Civil Veterinary Dept. Assam report 1927-50 - 1927-1950
Year: 1927
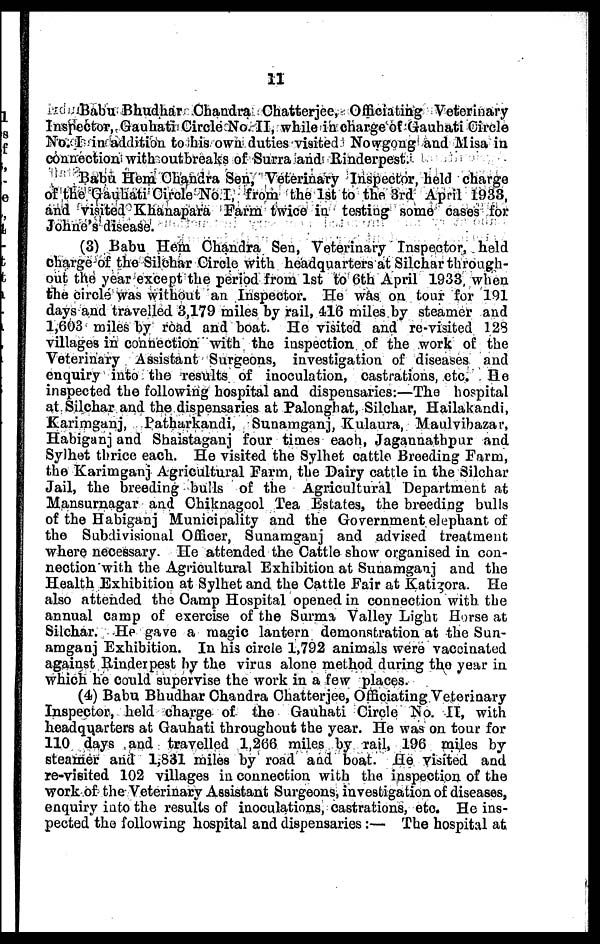
11
Babu Bhudkar Chandra Chatterjee, Officiating Veterinary
Inspector, Gauhati Circle No. II, while in charge of Gauhati Circle
No. I in addition to his own duties visited Nowgong and Misa in
connection with outbreaks of Surra and Rinderpest.
Babu Hem Chandra Sen, Veterinary Inspector, held charge
of the Gauhati Circle No I, from the 1st to the 3rd April 1933,
and visited Khanapara Farm twice in testing some cases for
Johne's disease.
(3) Babu Hem Chandra Sen, Veterinary Inspector, held
charge of the Silchar Circle with headquarters at Silchar through-
out the year except the period from 1st to 6th April 1933 when
the circle was without an Inspector. He was on tour for 191
days and travelled 3,179 miles by rail, 416 miles by steamer and
1,603 miles by road and boat. He visited and re-visited 128
villages in connection with the inspection of the work of the
Veterinary Assistant Surgeons, investigation of diseases and
enquiry into thf3 results of inoculation, castrations, etc. He
inspected the following hospital and dispensaries:—The hospital
at Silchar and the dispensaries at Palonghat, Silchar, Hailakandi,
Karimganj, Patharkandi, Sunamganj, Kulaura, Maulvibazar,
Habiganj and Shaistaganj four times each, Jagannathpur and
Sylhet thrice each. He visited the Sylhet cattle Breeding Farm,
the Karimganj Agricultural Farm the Dairy cattle in the Silchar
Jail, the breeding bulls of the Agricultural Department at
Mansurnagar and Chiknagool Tea Estates, the breeding bulls
of the Habiganj Municipality and the Government elephant of
the Subdivisional Officer, Sunamganj and advised treatment
where necessary. He attended the Cattle show organised in con-
nection with the Agricultural Exhibition at Sunamganj and the
Health Exhibition at Sylhet and the Cattle Fair at Katigora. He
also attended the Camp Hospital opened in connection with the
annual camp of exercise of the Surma Valley Light Horse at
Silchar. He gave a magic lantern demonstration at the Sun-
amganj Exhibition. In his circle 1,792 animals were vaccinated
against Rinderpest by the virus alone method during the year in
which he could supervise the work in a few places.
(4) Babu Bhudhar Chandra Chatterjee, Officiating Veterinary
Inspector, held charge of the Gauhati Circle No. II, with
headquarters at Gauhati throughout the year. He was on tour for
110 days and travelled 1,266 miles by rail, 196 miles by
steamer and 1,831 miles by road and boat. He visited and
re-visited 102 villages in connection with the inspection of the
work of the Veterinary Assistant Surgeons, investigation of diseases,
enquiry into the results of inoculations, castrations, etc. He ins-
pected the following hospital and dispensaries :— The hospital at